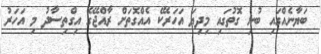
ބަޔާނެއްގައި ބުނި ގޮތުގައި މިދިޔަ އަހަރެކޭ އެއްގޮތަށް ރާއްޖޭގެ އިގްތިސާދު މި އަހަރު